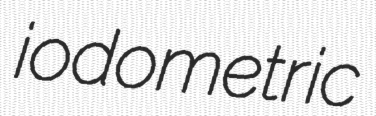
iodometric